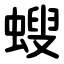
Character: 螋